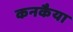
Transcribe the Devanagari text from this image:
कनकैया